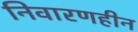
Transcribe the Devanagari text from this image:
निवारणहीन